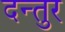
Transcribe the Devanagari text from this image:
दन्तुर